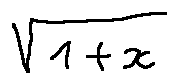
\sqrt { 1 + x }